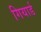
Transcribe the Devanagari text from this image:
गियार्ड